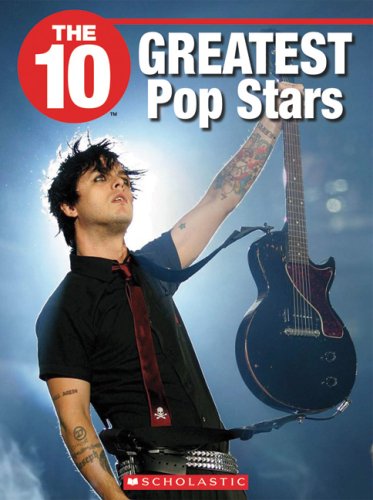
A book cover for The 10 Greatest Pop Stars (10 (Franklin Watts)); R. B. Hallett; Teen & Young Adult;